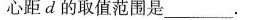
心距d的取值范围是___.